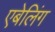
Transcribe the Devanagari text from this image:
एबेलिंग